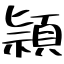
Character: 頴